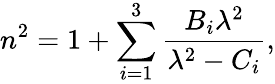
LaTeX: n^{2}=1+\sum_{i=1}^{3}\frac{B_{i}\lambda^{2}}{\lambda^{2}-C_{i}},